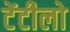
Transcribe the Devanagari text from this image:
टेंटीलो